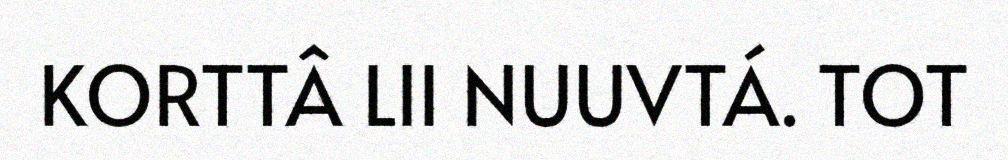
KORTTÂ LII NUUVTÁ. TOT